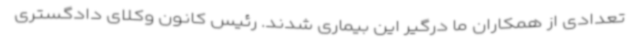
تعدادی از همکاران ما درگیر این بیماری شدند. رئیس کانون وکلای دادگستری